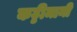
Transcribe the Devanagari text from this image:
कट्टीमानी